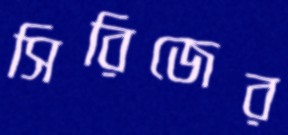
সিরিজের